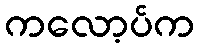
ကလော့ပ်က